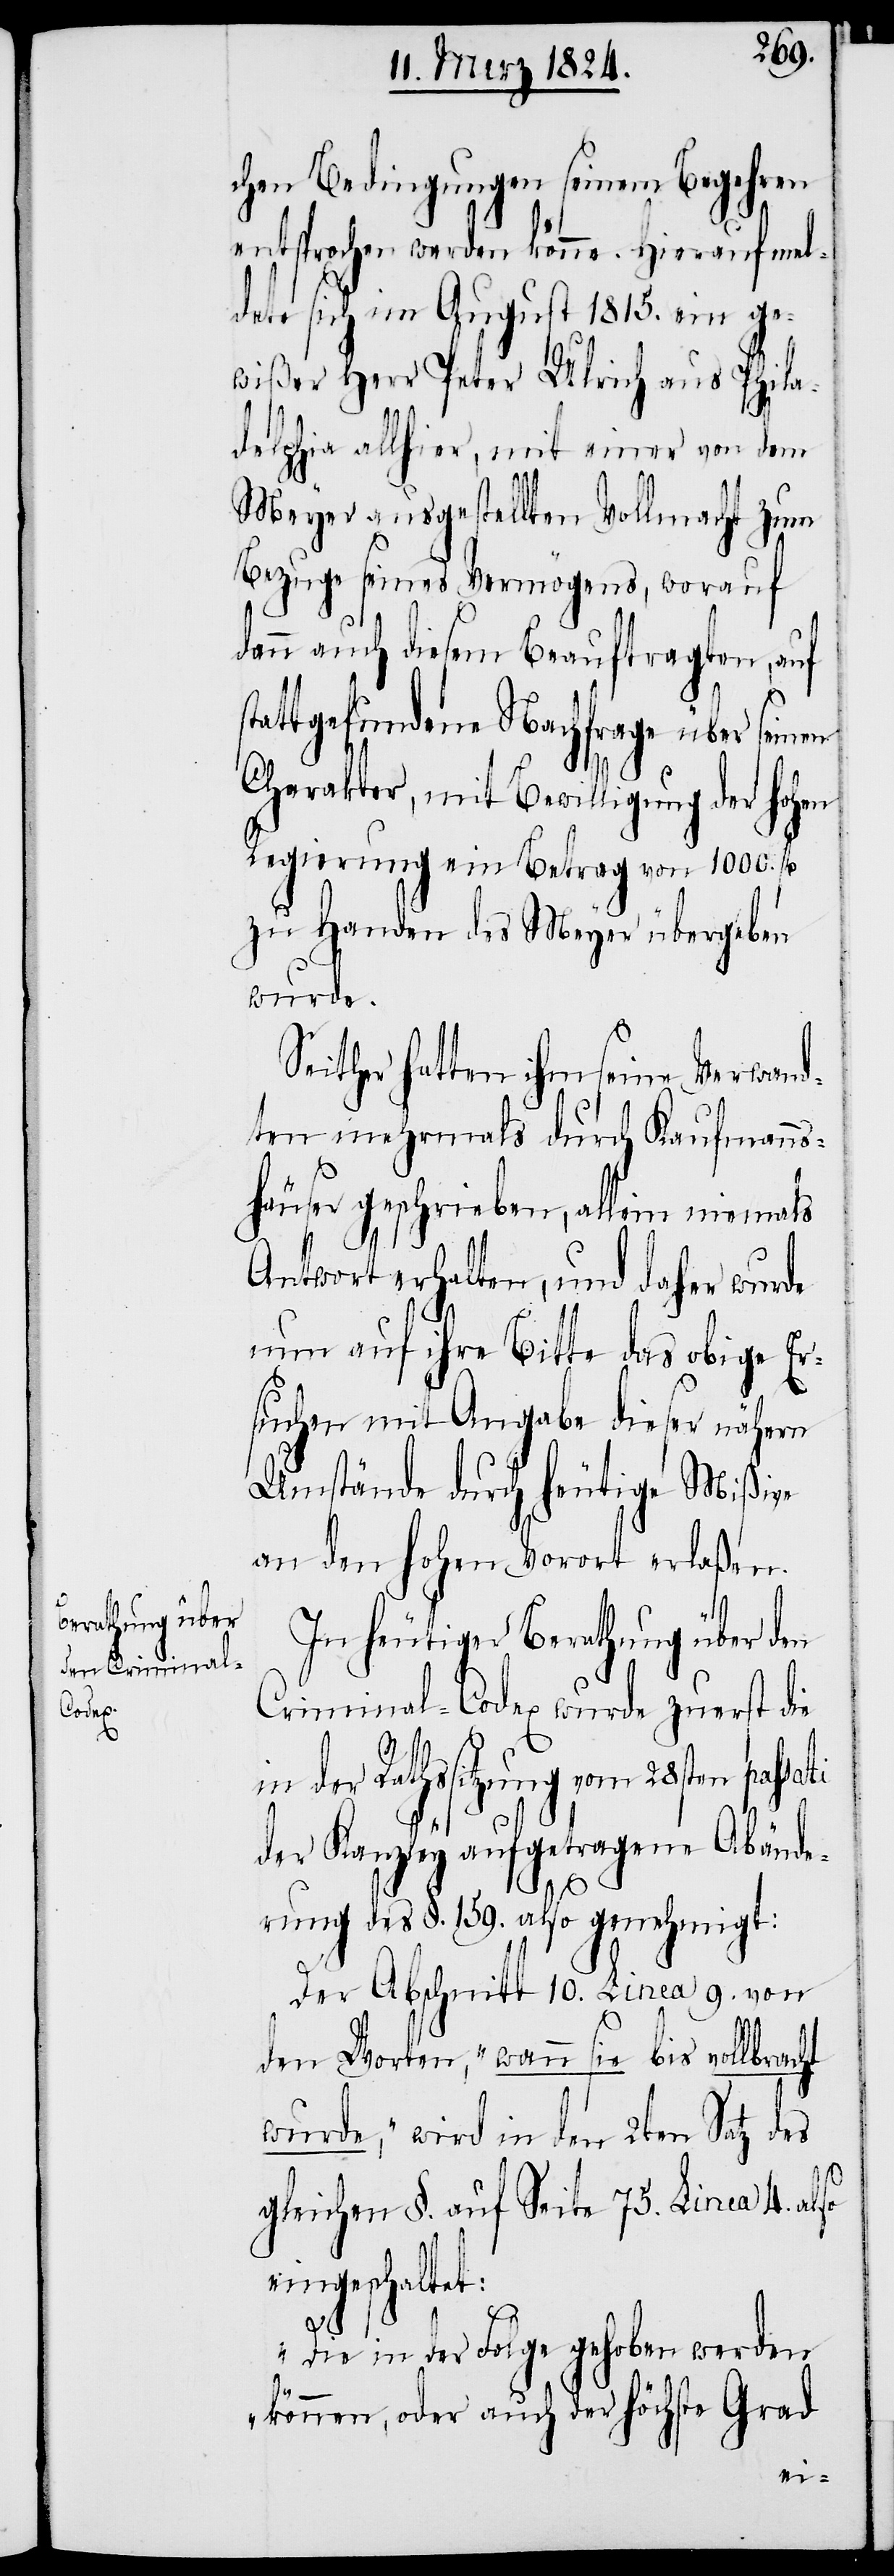
chen Bedingungen seinem Begehren
entsprochen werden könne. Hierauf mel¬
dete sich im August 1815. ein ge¬
wißer Herr Peter Ulrich aus Phila¬
delphia allhier, mit einer von dem
Meyer ausgestellten Vollmacht zum
Bezuge seines Vermögens, worauf
dann auch diesem Beauftragten, auf
stattgefundene Nachfrage über seinen
Charakter, mit Bewilligung der hohen
Regierung ein Betrag von 1000. f¬
zu Handen des Meyer übergeben
wurde.
Seither hatten ihm seine Verwand¬
ten mehrmals durch Kaufmanns¬
häuser geschrieben, allein niemals
Antwort erhalten, und daher wurde
nun auf ihre Bitte das obige Er¬
suchen mit Angabe dieser nähern
Umstände durch heutige Mißive
an den hohen Vorort erlaßen.
In heutiger Berathung über den
Criminal-Codex wurde zuerst die
in
der Rathssitzung vom 28sten pas¬
der Kanzley aufgetragene Abände¬
rung des §. 159. also genehmigt:
Der Abschnitt 10. Linea 9. von
den Worten, „wann sie bis vollbrac¬
wurde“, wird in den 2ten Satz des
gleichen §. auf Seite 75. Linea 4. also
eingeschaltet:
ht
„Die in der Folge gehoben werden
können, oder auch der höchste Grad